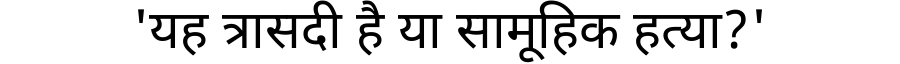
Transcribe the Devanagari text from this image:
'यह त्रासदी है या सामूहिक हत्या?'